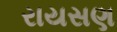
રાયસણ